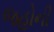
જહોની